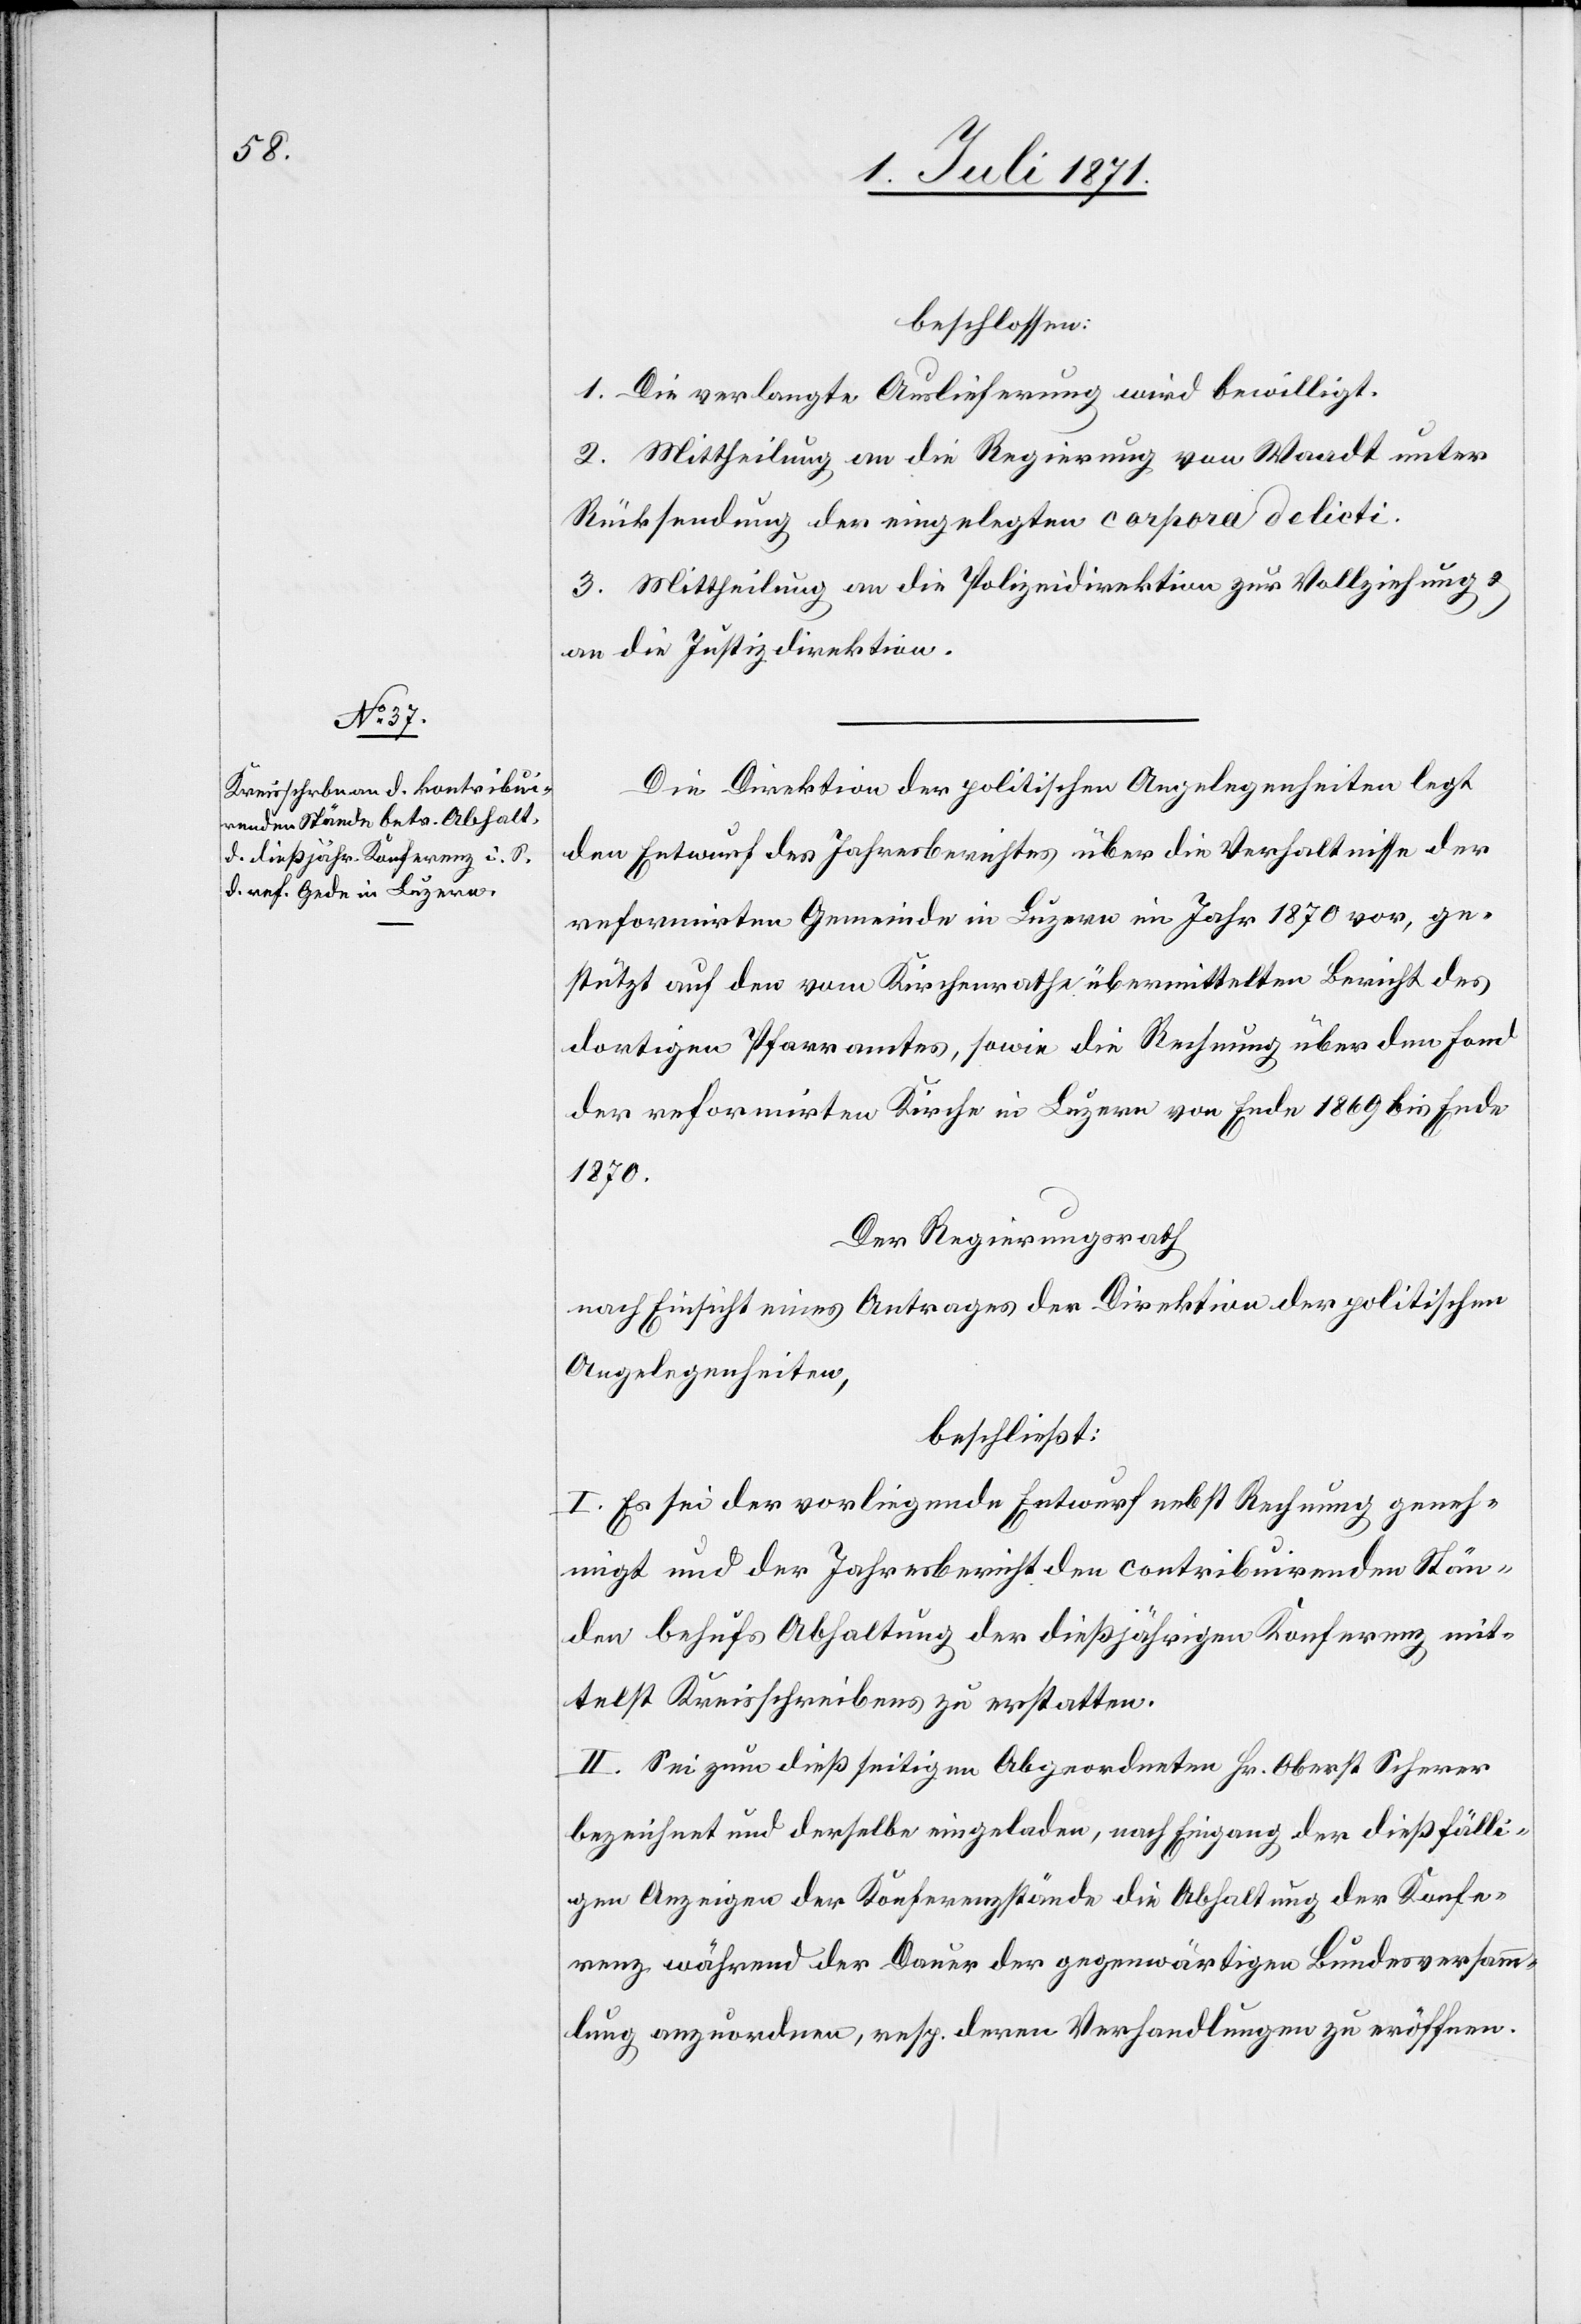
5.

beschossen:
1. Die verlangte Auslieferung wird bewilligt.
2. Mittheilung an die Regierung von Waadt unter
Rücksendung der eingelegten corpora delicti.
3. Mittheilung an die Polizeidirektion zur Vollziehung u.
an die Justizdirektion.
Die Direktion der politischen Angelegenheiten legt
den Entwurf des Jahresberichtes über die Verhaltnisse
reformirten Gemeinde in Luzern im Jahr 1870 vor, ge¬
stützt auf den vom Kirchenrathe übermittelten Bericht des
dortigen Pfarramtes, sowie die Rechnung über den Fond
der reformirten Kirche in Luzern von Ende 1869 bis Ende
1870.
Der Regierungsrath
nach Einsicht eines Antrages der Direktion der politischen
Angelegenheiten,
beschließt:
I. Es sei der vorliegende Entwurf nebst Rechnung geneh¬
migt und der Jahresbericht den contribuirenden Stän¬
den behufs Abhaltung der dießjährigen Konferenz mit¬
telst Kreisschreibens zu erstatten.
II. Sei zum dieß seitigen [sic!] Abgeordneten Hr. Oberst Scherer
bezeichnet und derselbe eingeladen, nach Eingang der dießfälli¬
gen Anzeigen der Konferenzstände die Abhaltung der Konfe¬
renz während der Dauer der gegenwärtigen Bundesversamm¬
lung anzuordnen, resp. deren Verhandlungen zu eröffnen.